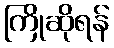
ကြိုဆိုရန်